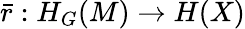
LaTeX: \bar{r}:H_{G}(M)\rightarrow H(X)